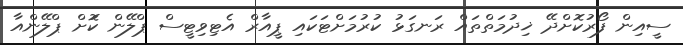
ސީއިން ފޯރުކޮށްދޭ ޚިދުމަތްތައް ރަނގަޅު ކުރުމަށްޓަކައި ޕީއާރް އެޓިވިޓީސް ޕްލޭން ކޮަށް ޕްލޭންއާ